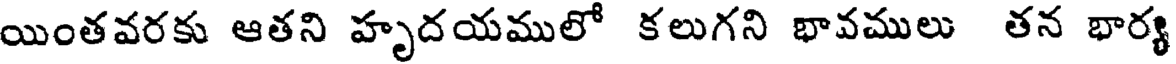
యింతవరకు ఆతని హృదయములో కలుగని భావములు తన భార్య